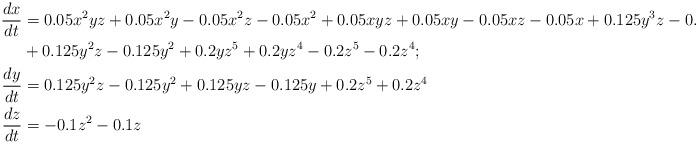
LaTeX: \begin{align*}\frac{dx}{dt} &= 0.05x^2yz+0.05x^2y-0.05x^2z-0.05x^2+0.05xyz+0.05xy-0.05xz-0.05x+0.125y^3z-0.125y^3\\&+0.125y^2z-0.125y^2+0.2yz^5+0.2yz^4-0.2z^5-0.2z^4; \\\frac{dy}{dt} & = 0.125y^2z-0.125y^2+0.125yz-0.125y+0.2z^5+0.2z^4\\ \frac{dz}{dt} & =-0.1z^2-0.1z\\\end{align*}